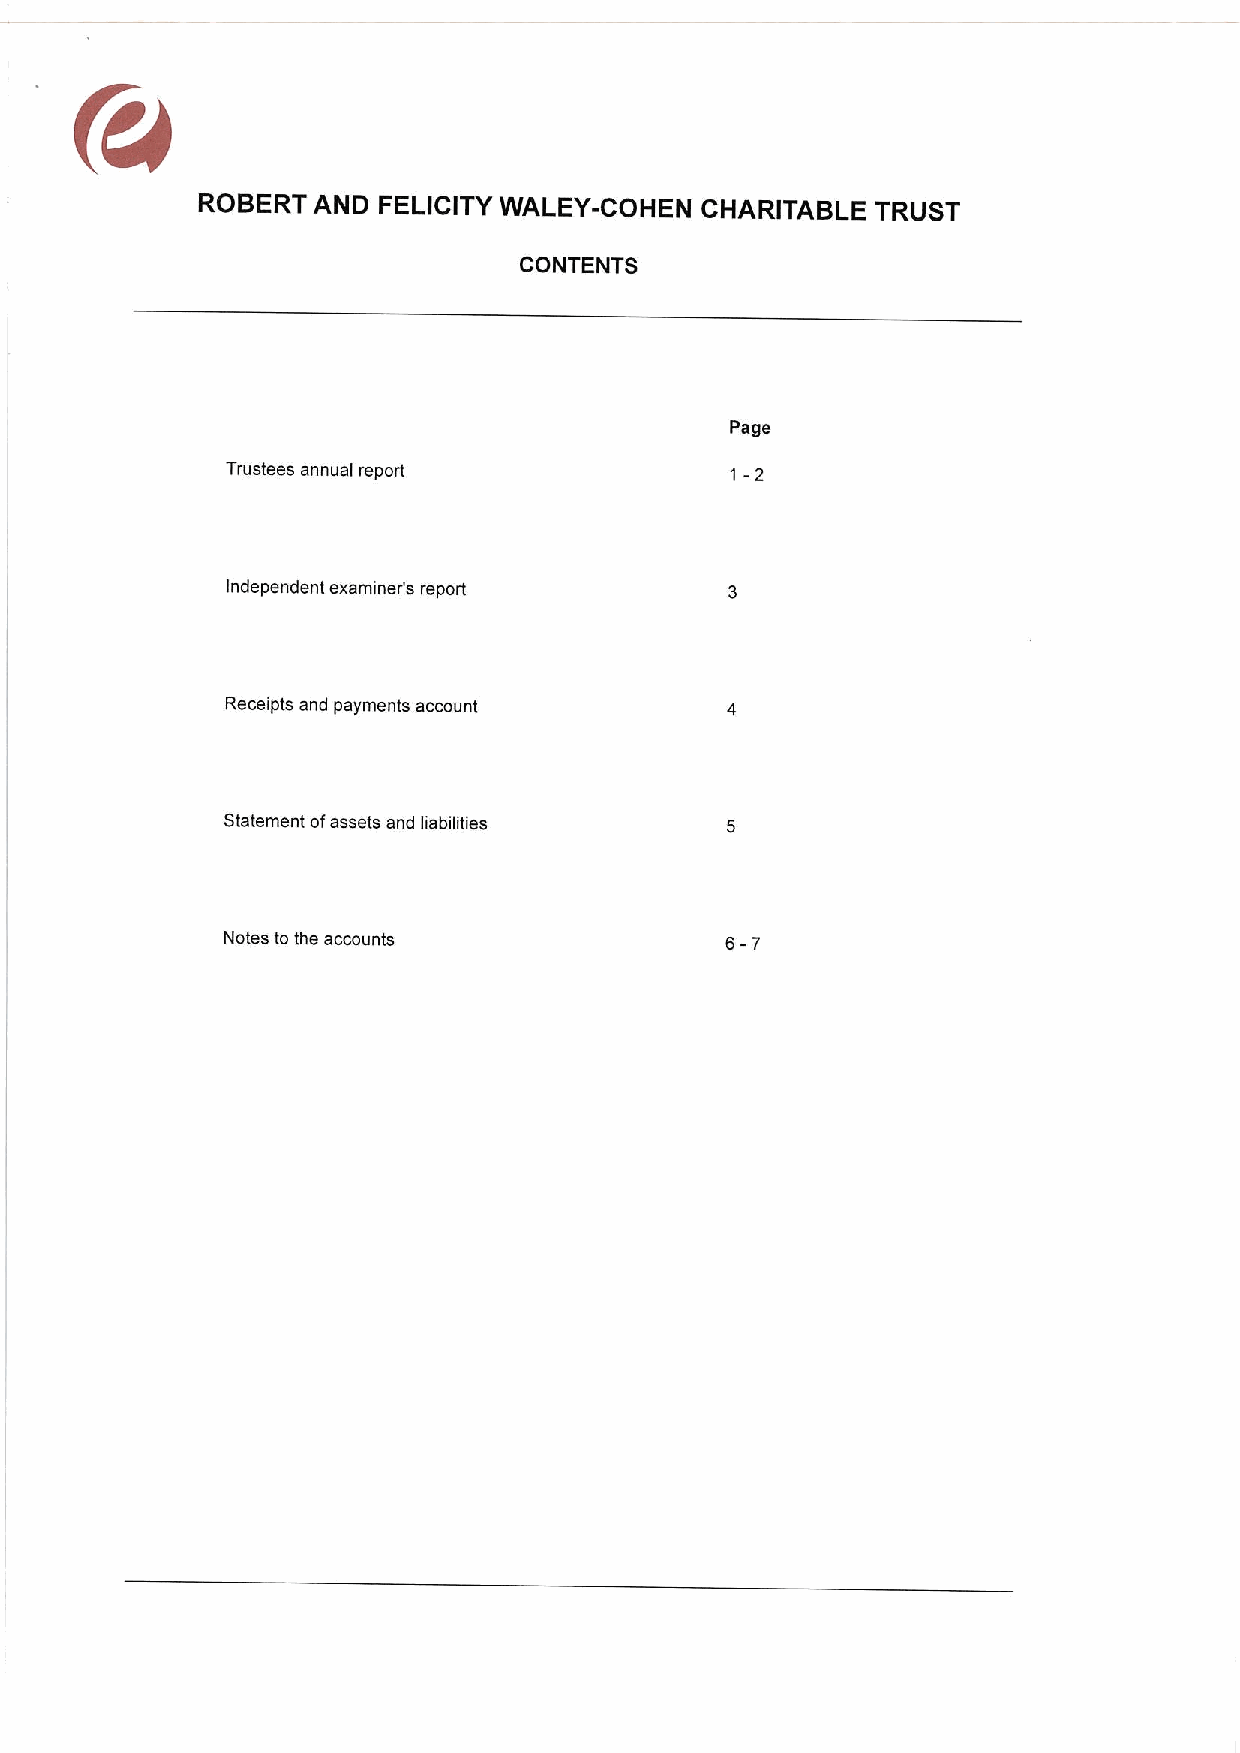
ROBERT  AND FELICITY WALEY-COHEN CHARITABLE  TRUST
 CONTENTS
 Page
 Trustees annual report           1-2
 Independent examiner's report
 Receipts and payments account
 Statement ofassets and liabilities
 Notes to the accounts            6-7